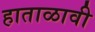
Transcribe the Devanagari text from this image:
हाताळावी